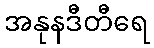
အနုနဒီတီရေ